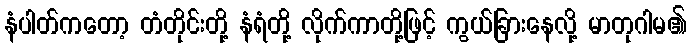
နံပါတ်ကတော့ တံတိုင်းတို့ နံရံတို့ လိုက်ကာတို့ဖြင့် ကွယ်ခြားနေလို့ မာတုဂါမ၏